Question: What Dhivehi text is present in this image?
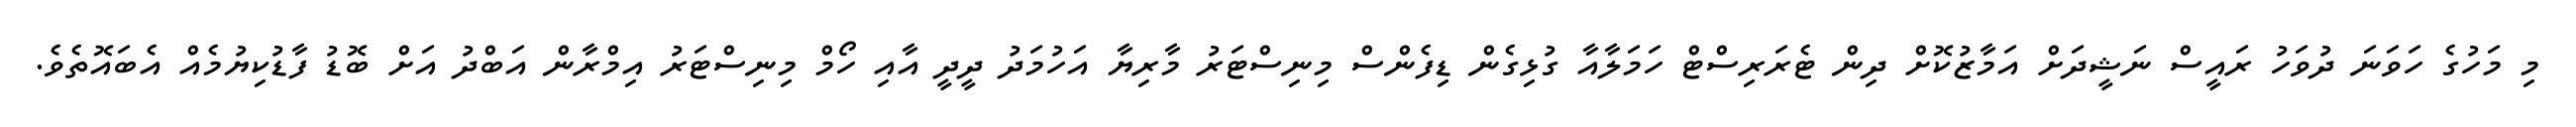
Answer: މި މަހުގެ ހަވަނަ ދުވަހު ރައީސް ނަޝީދަށް އަމާޒުކޮށް ދިން ޓެރަރިސްޓް ހަމަލާއާ ގުޅިގެން ޑިފެންސް މިނިސްޓަރު މާރިޔާ އަހުމަދު ދީދީ އާއި ހޯމް މިނިސްޓަރު އިމްރާން އަބްދު އަށް ބޮޑު ފާޑުކިޔުމެއް އެބައޮތެވެ.